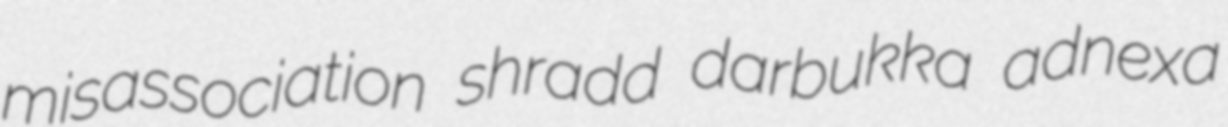
misassociation shradd darbukka adnexa